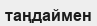
таңдаймен